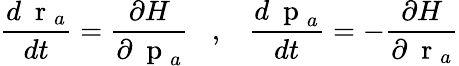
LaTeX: \frac{d\mathrm{~\mathbf~r~}_{a}}{dt}=\frac{\partial H}{\partial\mathrm{~\mathbf~p~}_{a}}\; \; \; ,\; \; \; \frac{d\mathrm{~\mathbf~p~}_{a}}{dt}=-\frac{\partial H}{\partial\mathrm{~\mathbf~r~}_{a}}